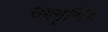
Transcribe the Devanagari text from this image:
उग्रनृसिंह